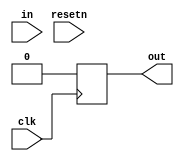
module top_module (
    input clk,
    input resetn,   // synchronous reset
    input in,
    output out);
    reg q1,q2,q3;
    always @(posedge clk) begin
        if(~resetn)
            out<=0;
        else begin
           out = in>>1;
        end
    end
endmodule